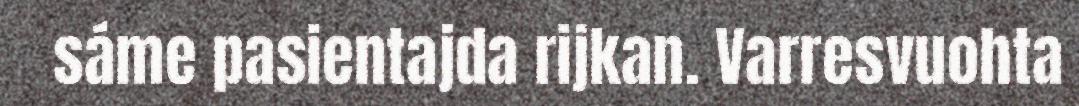
sáme pasientajda rijkan. Varresvuohta